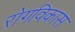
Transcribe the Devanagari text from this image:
रोगविकास